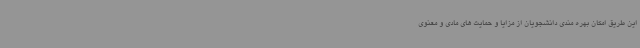
این طریق امکان بهره مندی دانشجویان از مزایا و حمایت های مادی و معنوی